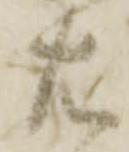
左